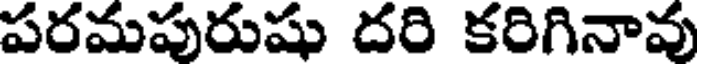
పరమపురుషు దరి కరిగినావు